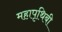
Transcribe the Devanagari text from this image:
महापृथिबी